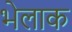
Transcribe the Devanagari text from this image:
भेलाक